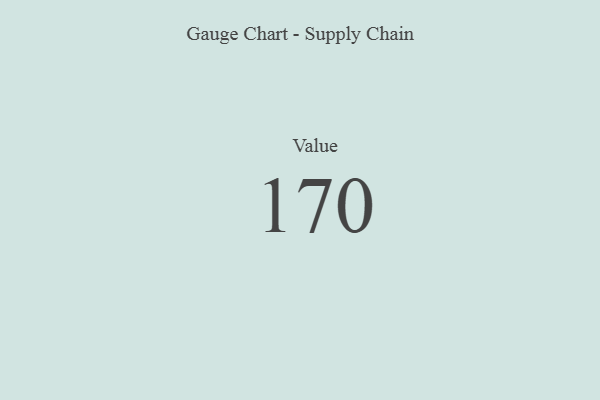
{"axis": {"x": "Metric", "y": "Value"}, "legend": [""], "data": [{"x": "Value", "y": 170, "type": ""}]}